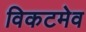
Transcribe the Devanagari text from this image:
विकटमेव